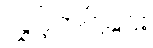
လွှင့်တင်ခြင်း